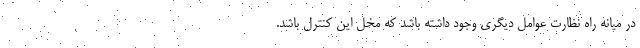
در میانه راه نظارت عوامل دیگری وجود داشته باشد که مخل این کنترل باشد.